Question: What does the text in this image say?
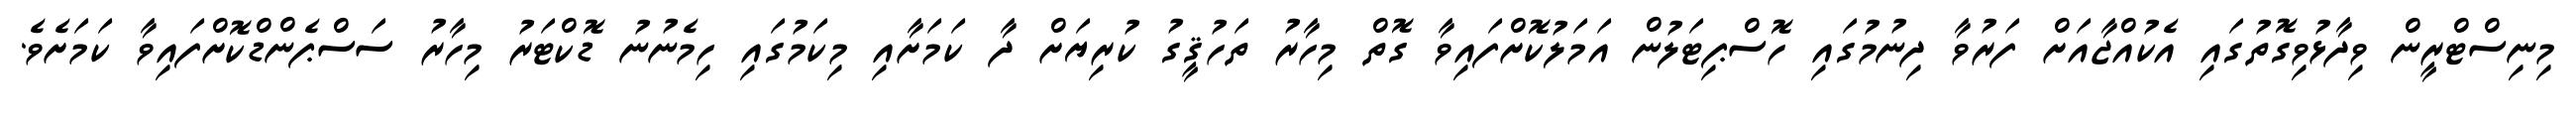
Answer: މިނިސްޓްރީން ވިދާޅުވިގޮތުގައި އެކުއްޖާއަށް ފަރުވާ ދިނުމުގައި ހޮސްޕިޓަލުން އަމަލުކޮށްފައިވާ ގޮތް މިހާރު ތަހުޤީގު ކުރިޔަށް ދާ ކަމަށާއި މިކަމުގައި ހިމެނުނު ޑޮކްޓަރު މިހާރު ސަސްޕެންޑްކޮށްފައިވާ ކަމަށެވެ.